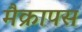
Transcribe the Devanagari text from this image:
मैक्रापस